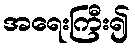
အရေးကြီး၍